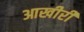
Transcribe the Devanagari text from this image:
आखीरी